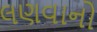
લણવાનો